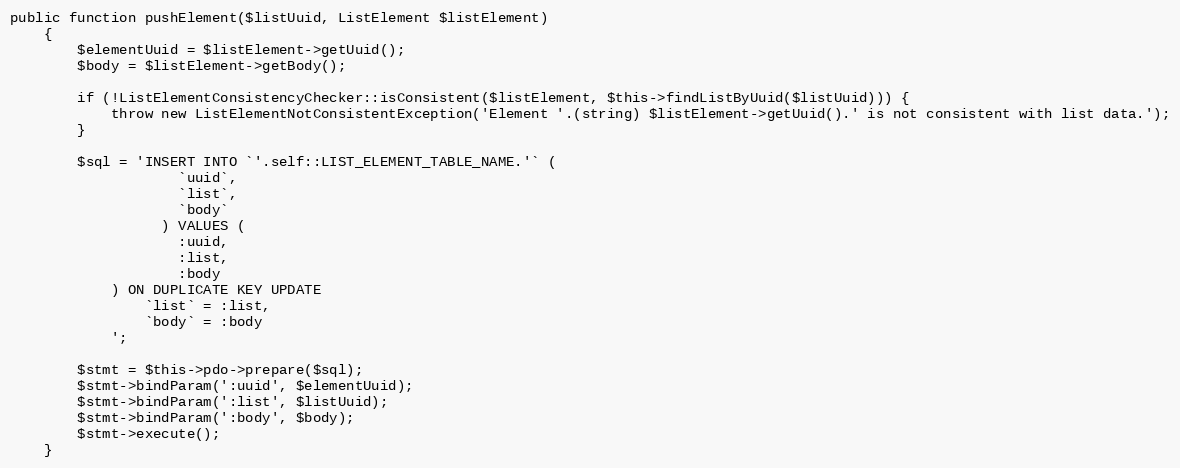
Language: PHP
public function pushElement($listUuid, ListElement $listElement)
    {
        $elementUuid = $listElement->getUuid();
        $body = $listElement->getBody();

        if (!ListElementConsistencyChecker::isConsistent($listElement, $this->findListByUuid($listUuid))) {
            throw new ListElementNotConsistentException('Element '.(string) $listElement->getUuid().' is not consistent with list data.');
        }

        $sql = 'INSERT INTO `'.self::LIST_ELEMENT_TABLE_NAME.'` (
                    `uuid`,
                    `list`,
                    `body`
                  ) VALUES (
                    :uuid,
                    :list,
                    :body
            ) ON DUPLICATE KEY UPDATE
                `list` = :list,
                `body` = :body
            ';

        $stmt = $this->pdo->prepare($sql);
        $stmt->bindParam(':uuid', $elementUuid);
        $stmt->bindParam(':list', $listUuid);
        $stmt->bindParam(':body', $body);
        $stmt->execute();
    }